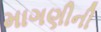
માગણીની